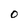
Character: O